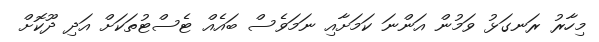
މިހާރު ރަނގަޅު ވަމުން އަންނަ ކަމަށާއި ނަމަވެސް ބައެއް ޓެސްޓުތަކަށް އަދި ދޫކޮށް